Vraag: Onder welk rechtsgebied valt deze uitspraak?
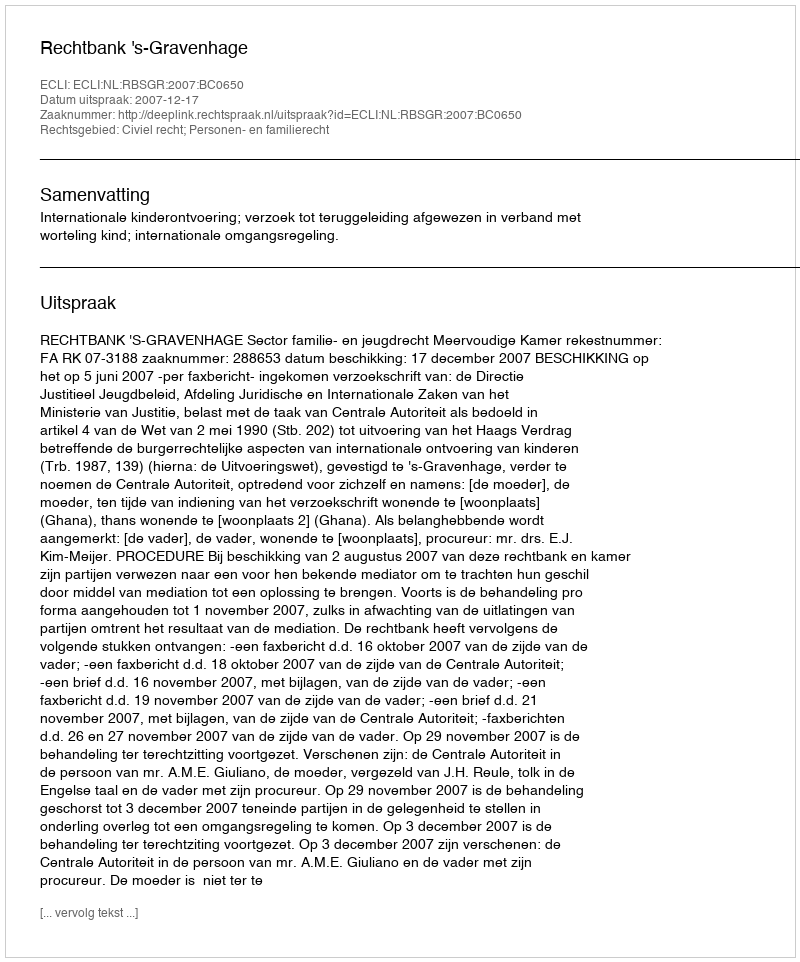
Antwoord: Civiel recht; Personen- en familierecht